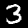
Digit: 3